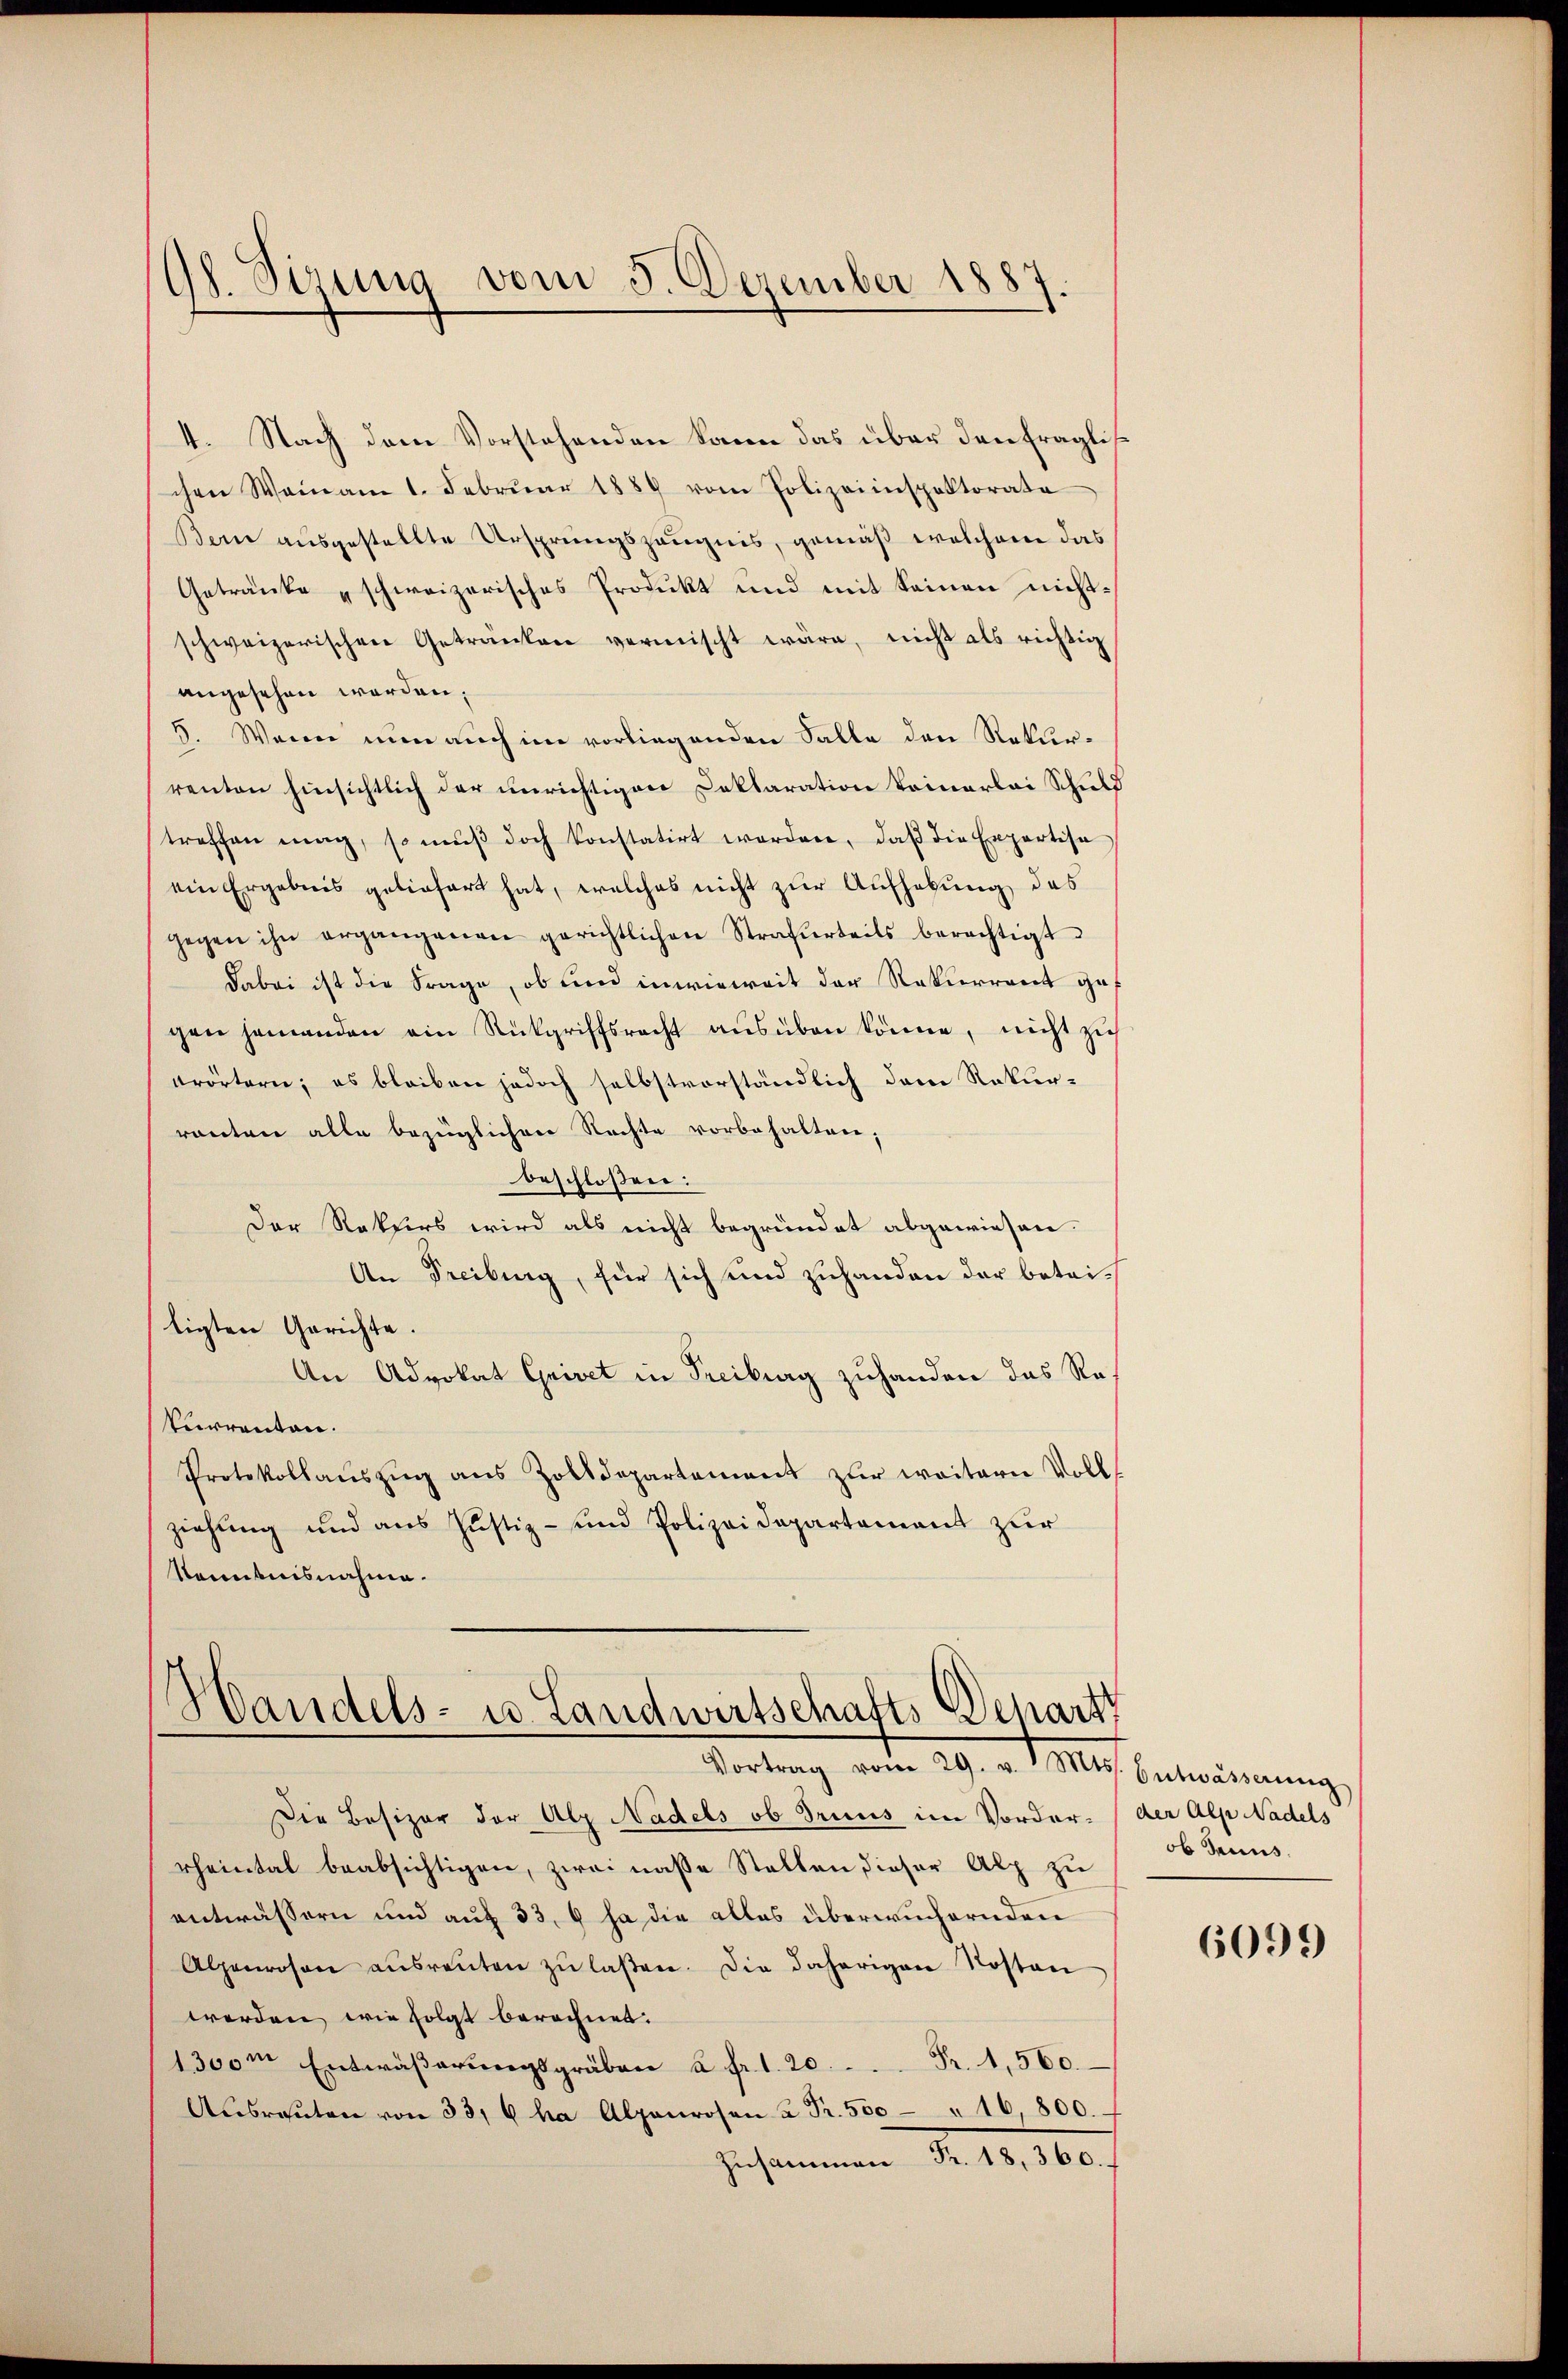
Gh. Sizung vom 5. Dezember 1887

4. Nach dem Vorstehenden kann das über den fraglichen Wein am 1. Febrŭar 1889 vom Polizeiinspektorate
Berne ausgestellte Ursprungszeugnis, gemäß welchem das
Getränke schweizerisches Produkt und mit Seinen nichtschweizerischen Getränken vermischt wäre, nicht als richtig
angesehen worden;
5. Wenn nun auch im vorliegenden Falle den Rekurrenten hinsichtlich der unrichtigen Deklaration keinerlei Schuld
treffen mag, so mŭβ doch konstatirt worden, daβ die Expertisa
ein Ergebnis geliefert hat, welches nicht zur Aufhebung des
gegen ihn ergangenen gerichtlichen Strafurteils berechtigt.
dabei ist die Frage, ob und inwieweit der Rekurrent gegen jemanden ein Rückgriffsrecht ausüben könne, nicht zu
krörtern; es bleiben jedoch selbstvorständlich dem Rekurranten alle bezüglichen Rechte vorbehalten;
beschloßen:
Der Rekurs wird als nicht begründet abgewiesen.
An Freiburg, für sich und zuhanden der betriligten Gerichte.
An Advokat Grivet in Treiburg zuhanden das Re¬
Purranten.
Protokollaŭszŭg aŭs Zolldepartement zur weitern Voll
ziehung und aus Justiz- und Polizeidepartement zur
Kenntnisnahme.

Handels- u. Landwirtschafts Depart
Vortrag vom 29. v. Mts. Entwässerŭng

Die Besizer der Alp Nadels ob Trius im Vorder- der Alp Nadels
rheintal beabsichtigen, zwei nasse Stellen dieser Alp zu
entwässern und auf 33, 6 ja die alles überwuchernden
Alpenrosen aŭsreŭten zŭ laßen. Die daherigen Kosten
werden wie folgt berechnet.
1300m Entwäßerungsgräben a fr. 1. 20. Fr. 1,560.
Aŭsraŭten von 33, 6 ha Alpenrosen à Fr. 500 " 16,800.
Zusammen Fr. 18, 360.

ob Janus.

6099